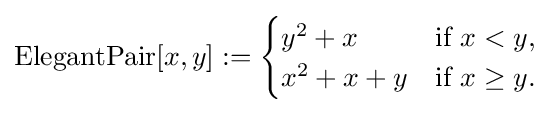
\operatorname {ElegantPair} [x,y]:={\begin{cases}y^{2}+x&{\text{if}}\ x<y,\\x^{2}+x+y&{\text{if}}\ x\geq y.\\\end{cases}}